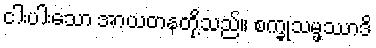
ငါးပါးသော အာယတနတို့သည်။ စက္ခုသမ္ဖဿာဒိ